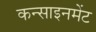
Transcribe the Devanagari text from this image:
कन्साइनमेंट